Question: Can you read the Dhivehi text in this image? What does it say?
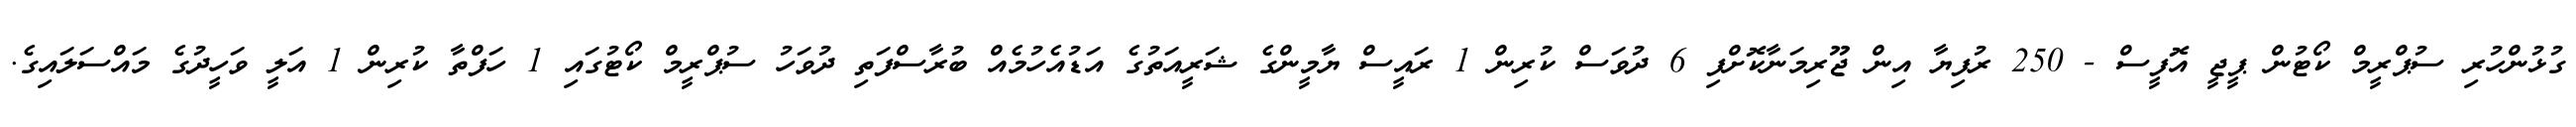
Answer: ގުޅުންހުރި ސުޕްރީމް ކޯޓުން ޕީޖީ އޮފީސް - 250 ރުފިޔާ އިން ޖޫރިމަނާކޮށްފި 6 ދުވަސް ކުރިން 1 ރައީސް ޔާމީންގެ ޝަރީއަތުގެ އަޑުއެހުމެއް ބުރާސްފަތި ދުވަހު ސުޕްރީމް ކޯޓުގައި 1 ހަފްތާ ކުރިން 1 އަލީ ވަހީދުގެ މައްސަލައިގެ.